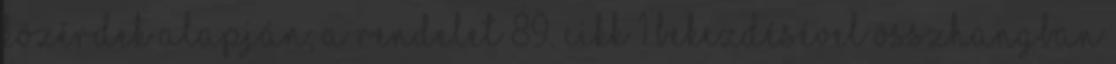
közérdek alapján; a Rendelet 89. cikk 1 bekezdésével összhangban